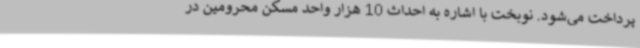
پرداخت می‌شود. نوبخت با اشاره به احداث 10 هزار واحد مسکن محرومین در